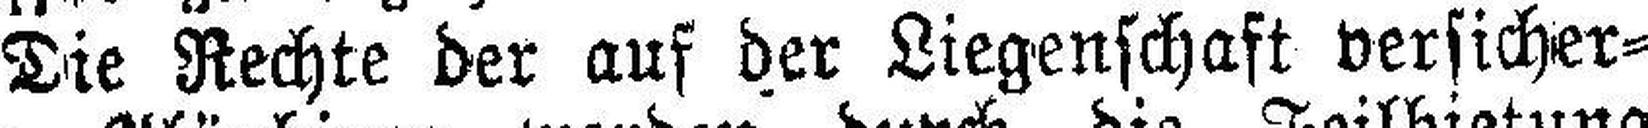
Die Rechte der auf der Liegenschaft versicher¬